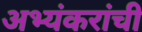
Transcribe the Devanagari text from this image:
अभ्यंकरांची